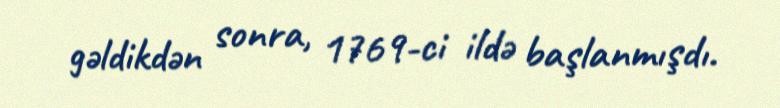
gəldikdən sonra, 1769-ci ildə başlanmışdı.